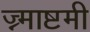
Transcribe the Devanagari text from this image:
ज्न्माष्टमी